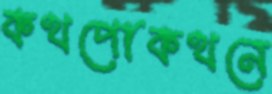
কথপোকথনে